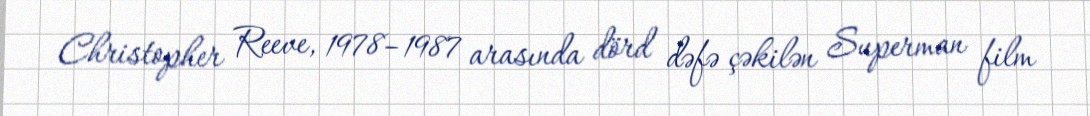
Christopher Reeve, 1978–1987 arasında dörd dəfə çəkilən Superman film